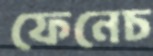
ফেনেচ